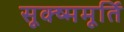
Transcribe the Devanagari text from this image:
सूक्ष्ममूर्ति